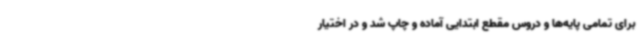
برای تمامی پایه‌ها و دروس مقطع ابتدایی آماده و چاپ شد و در اختیار